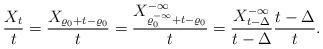
LaTeX: \begin{align*}\frac{X_t}{t} = \frac{X_{\varrho_0+t-\varrho_0}}{t} = \frac{X_{\varrho_0^{-\infty}+t-\varrho_0}^{-\infty}}{t}= \frac{X_{t-\Delta}^{-\infty}}{t-\Delta} \frac{t-\Delta}{t}.\end{align*}